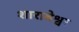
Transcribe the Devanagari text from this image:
शाराबेश्वर